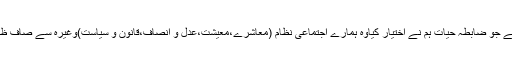
اس کی بجائے جو ضابطہ حیات ہم نے اختیار کیاوہ ہمارے اجتماعی نظام (معاشرے،معیشت،عدل و انصاف،قانون و سیاست)وغیرہ سے صاف ظاہر ہوتا ہے۔